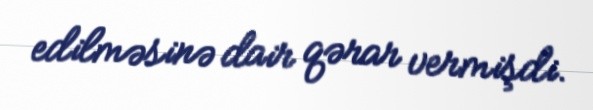
edilməsinə dair qərar vermişdi.